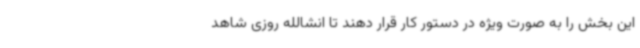
این بخش را به صورت ویژه در دستور کار قرار دهند تا انشالله روزی شاهد